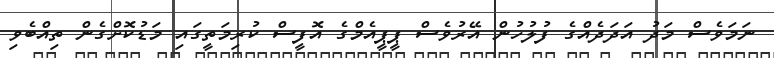
ނަމަވެސް މަދު އަދަދެއްގެ ފުލުހުން އޭރުވެސް ޕީޕީއެމްގެ އޮފީސް ކުރިމަތީގައި މަޑުކޮށްގެން ތިއްބެވި